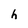
Character: h